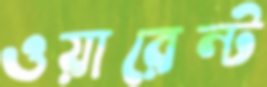
ওয়ারেন্ট